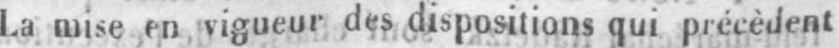
La mise en vigueur des dispositions qui précèdent